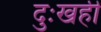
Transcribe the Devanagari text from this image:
दुःखही